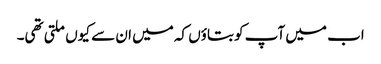
اب میں آپ کو بتاؤں کہ میں ان سے کیوں ملتی تھی۔